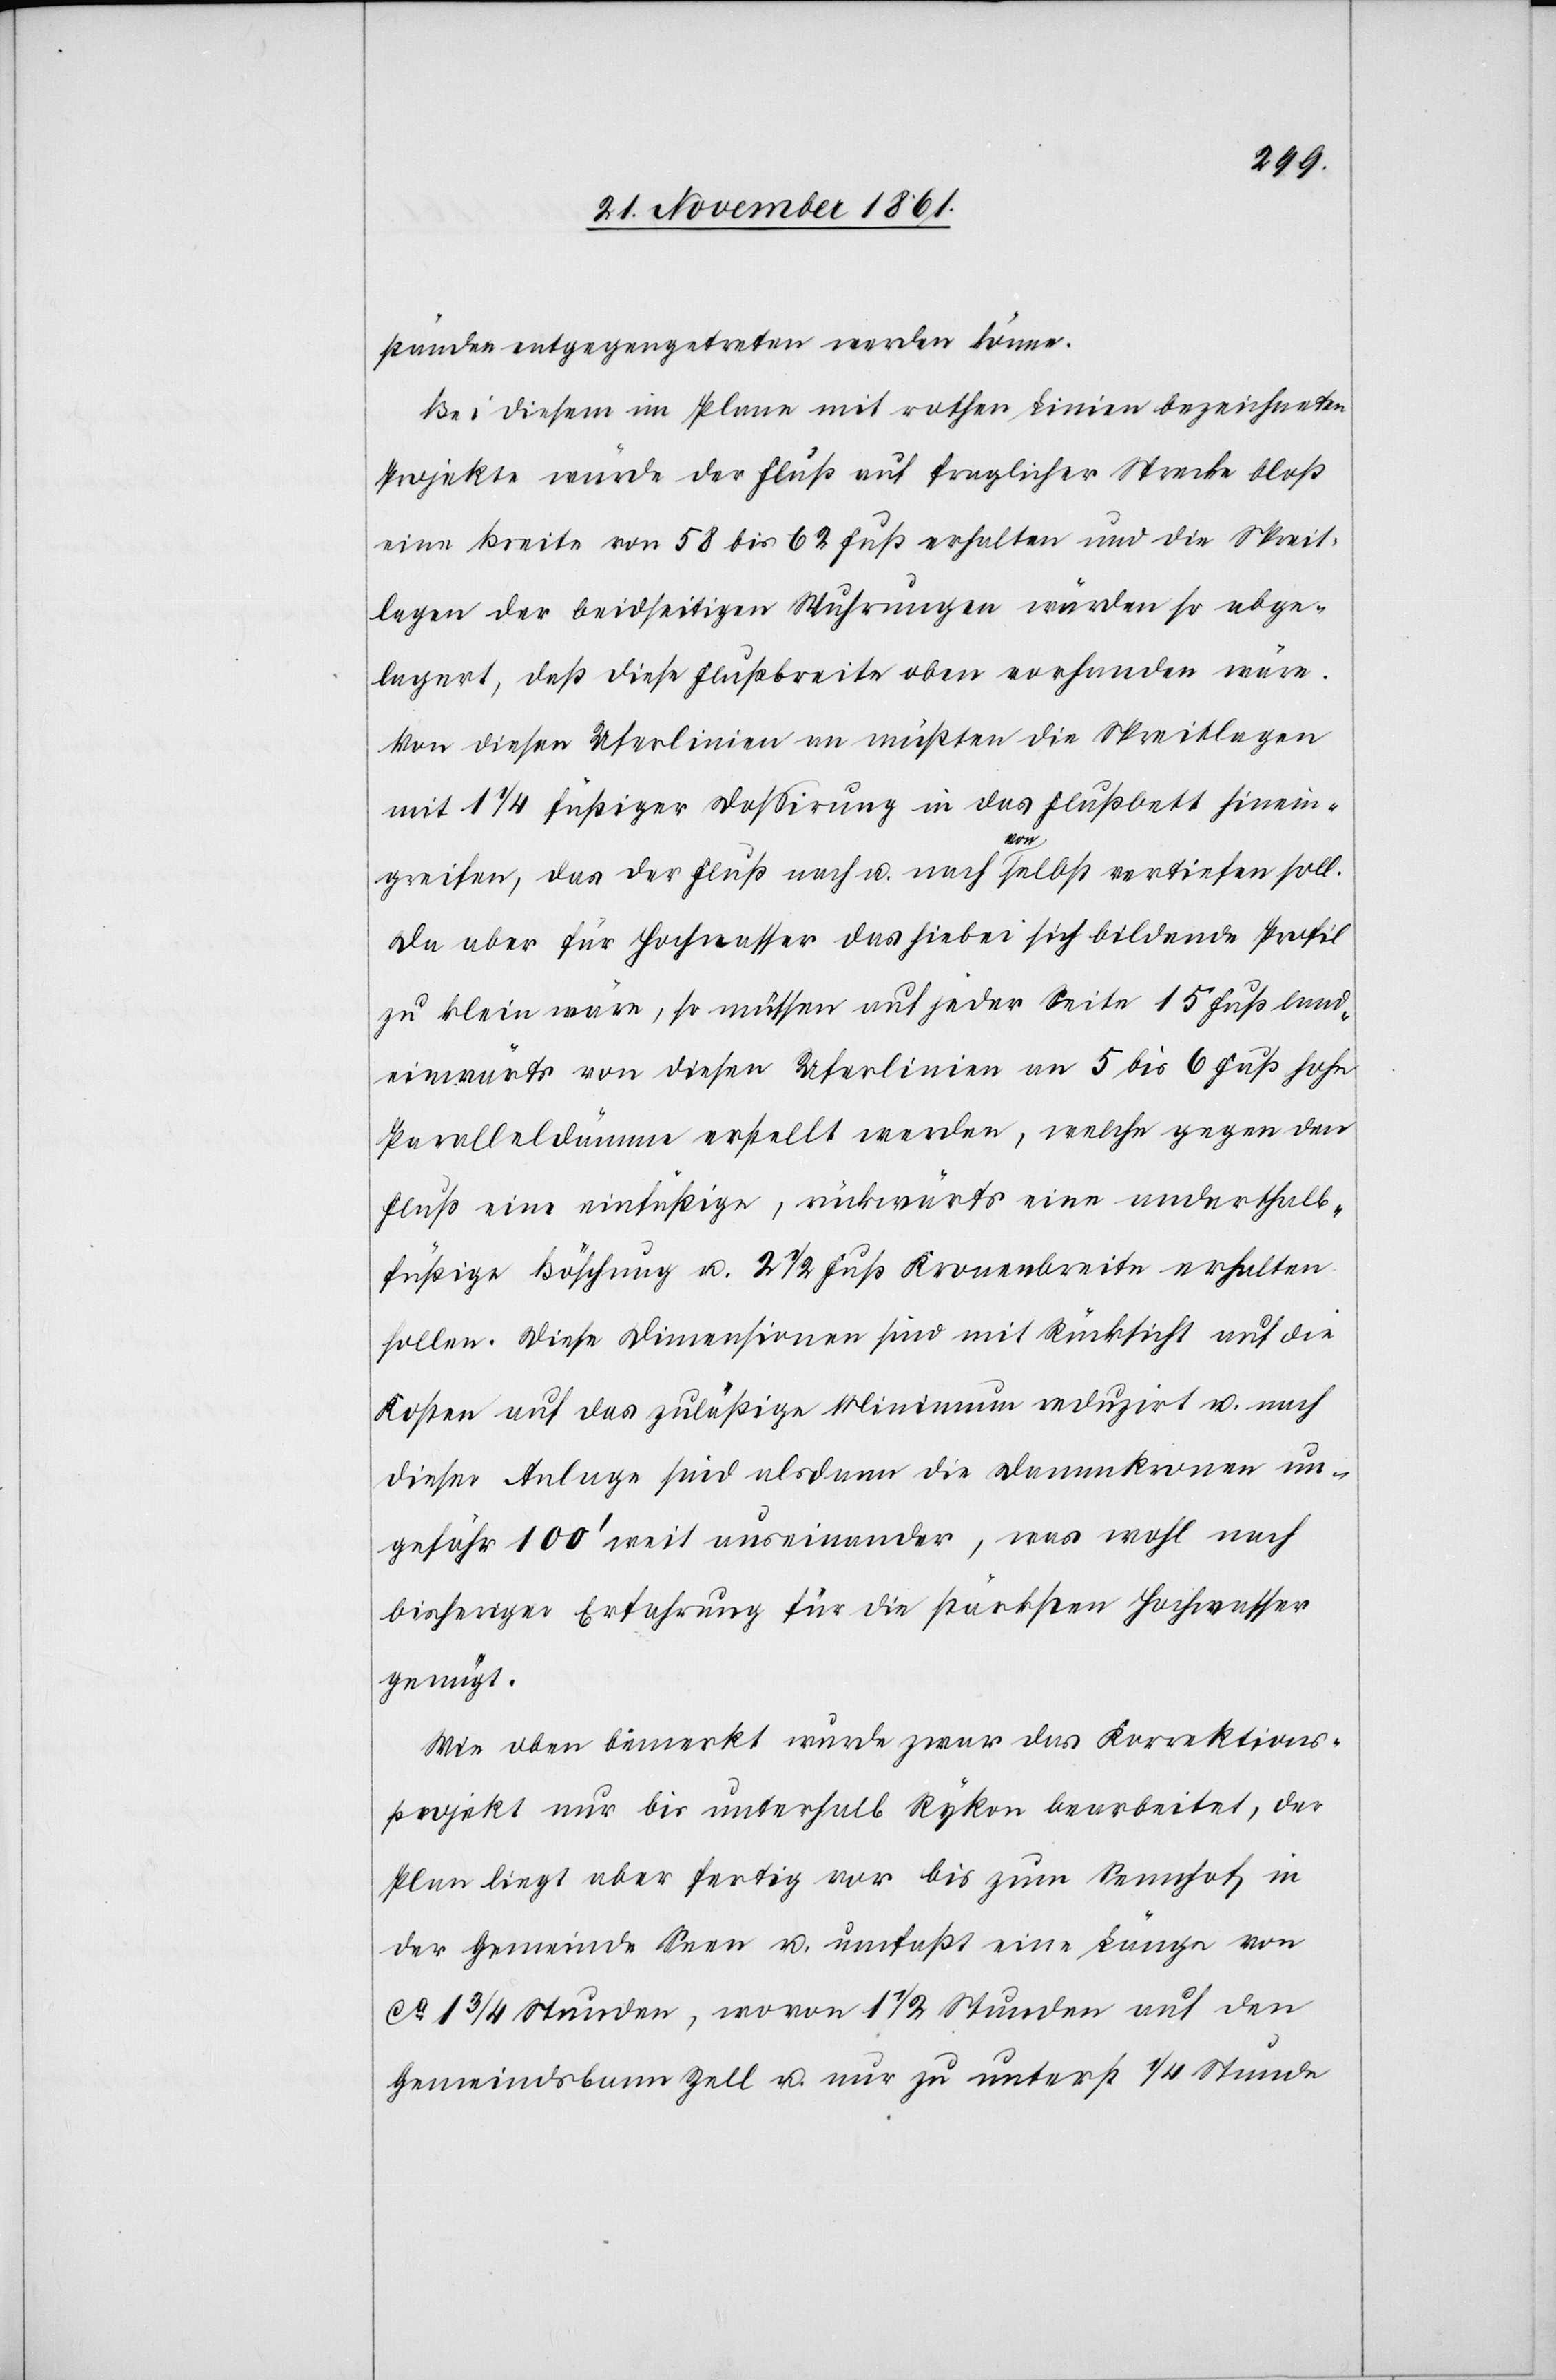
ständen entgegengetreten werden könne.
Bei diesem im Plane mit rothen Linien bezeichneten
Projekte würde der Fluß auf fraglicher Strecke bloß
eine Breite von 58 bis 62 Fuß erhalten und die Spreit¬
lagen der beidseitigen Wuhrungen würden so abge¬
lagert, daß diese Flußbreite oben vorhanden wäre.
Von diesen Uferlinien an müßten die Spreitlagen
mit 1 1/4 füßiger Doßirung in das Flußbett hinein¬
greifen, das der Fluß nach u. nach von selbst vertiefen soll.
Da aber für Hochwasser das hiebei sich bildende Profil
zu klein wäre, so müssen auf jeder Seite 15 Fuß land¬
einwärts von diesen Uferlinien an 5 bis 6 Fuß hohe
Paralleldämme erstellt werden, welche gegen den
Fluß eine einfüßige, rückwärts eine anderthalb¬
füßige Böschung u. 2 1/2 Fuß Kronenbreite erhalten
sollen. Diese Dimensionen sind mit Rücksicht auf die
Kosten auf das zuläßige Minimum reduzirt u. nach
dieser Anlage sind alsdann die Dammkronen un¬
gefähr 100’ weit auseinander, was wohl nach
bisheriger Erfahrung für die stärksten Hochwasser
genügt.
Wie oben bemerkt wurde zwar das Korrektions¬
projekt nur bis unterhalb Rykon bearbeitet, der
Plan liegt aber fertig vor bis zum Sennhof in
der Gemeinde Seen u. umfaßt eine Länge von
ca 1 3/4 Stunden, wovon 1 1/2 Stunden auf den
Gemeindsbann Zell u. nur zu unterst 1/4 Stunde